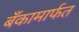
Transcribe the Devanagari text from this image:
बँकामार्फत